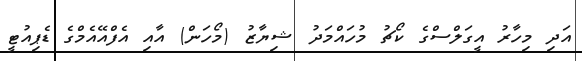
އަދި މިހާރު އީގަލްސްގެ ކޯޗު މުހައްމަދު ޝިޔާޒު (މޯހަން) އާއި އެފްއޭއެމްގެ ޑެޕިއުޓީ